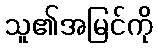
သူ၏အမြင်ကို